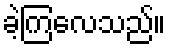
ခဲ့ကြလေသည်။